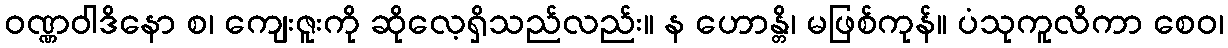
ဝဏ္ဏဝါဒိနော စ၊ ကျေးဇူးကို ဆိုလေ့ရှိသည်လည်း။ န ဟောန္တိ၊ မဖြစ်ကုန်။ ပံသုကူလိကာ စေဝ၊